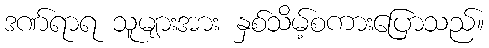
ဒဏ်ရာရ သူများအား နှစ်သိမ့်စကားပြောသည်။